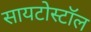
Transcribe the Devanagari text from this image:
सायटोस्टॉल